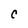
Character: C